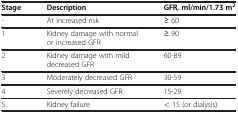
<table><thead><tr><td><b>Stage</b></td><td><b>Description</b></td><td><b>GFR, ml/min/1.73 m<sup>2</sup></b></td></tr></thead><tbody><tr><td>-</td><td>At increased risk</td><td>≥ 60</td></tr><tr><td>1</td><td>Kidney damage with normal or increased GFR</td><td>≥ 90</td></tr><tr><td>2</td><td>Kidney damage with mild decreased GFR</td><td>60-89</td></tr><tr><td>3</td><td>Moderately decreased GFR</td><td>30-59</td></tr><tr><td>4</td><td>Severely decreased GFR</td><td>15-29</td></tr><tr><td>5</td><td>Kidney failure</td><td>&lt; 15 (or dialysis)</td></tr></tbody></table>